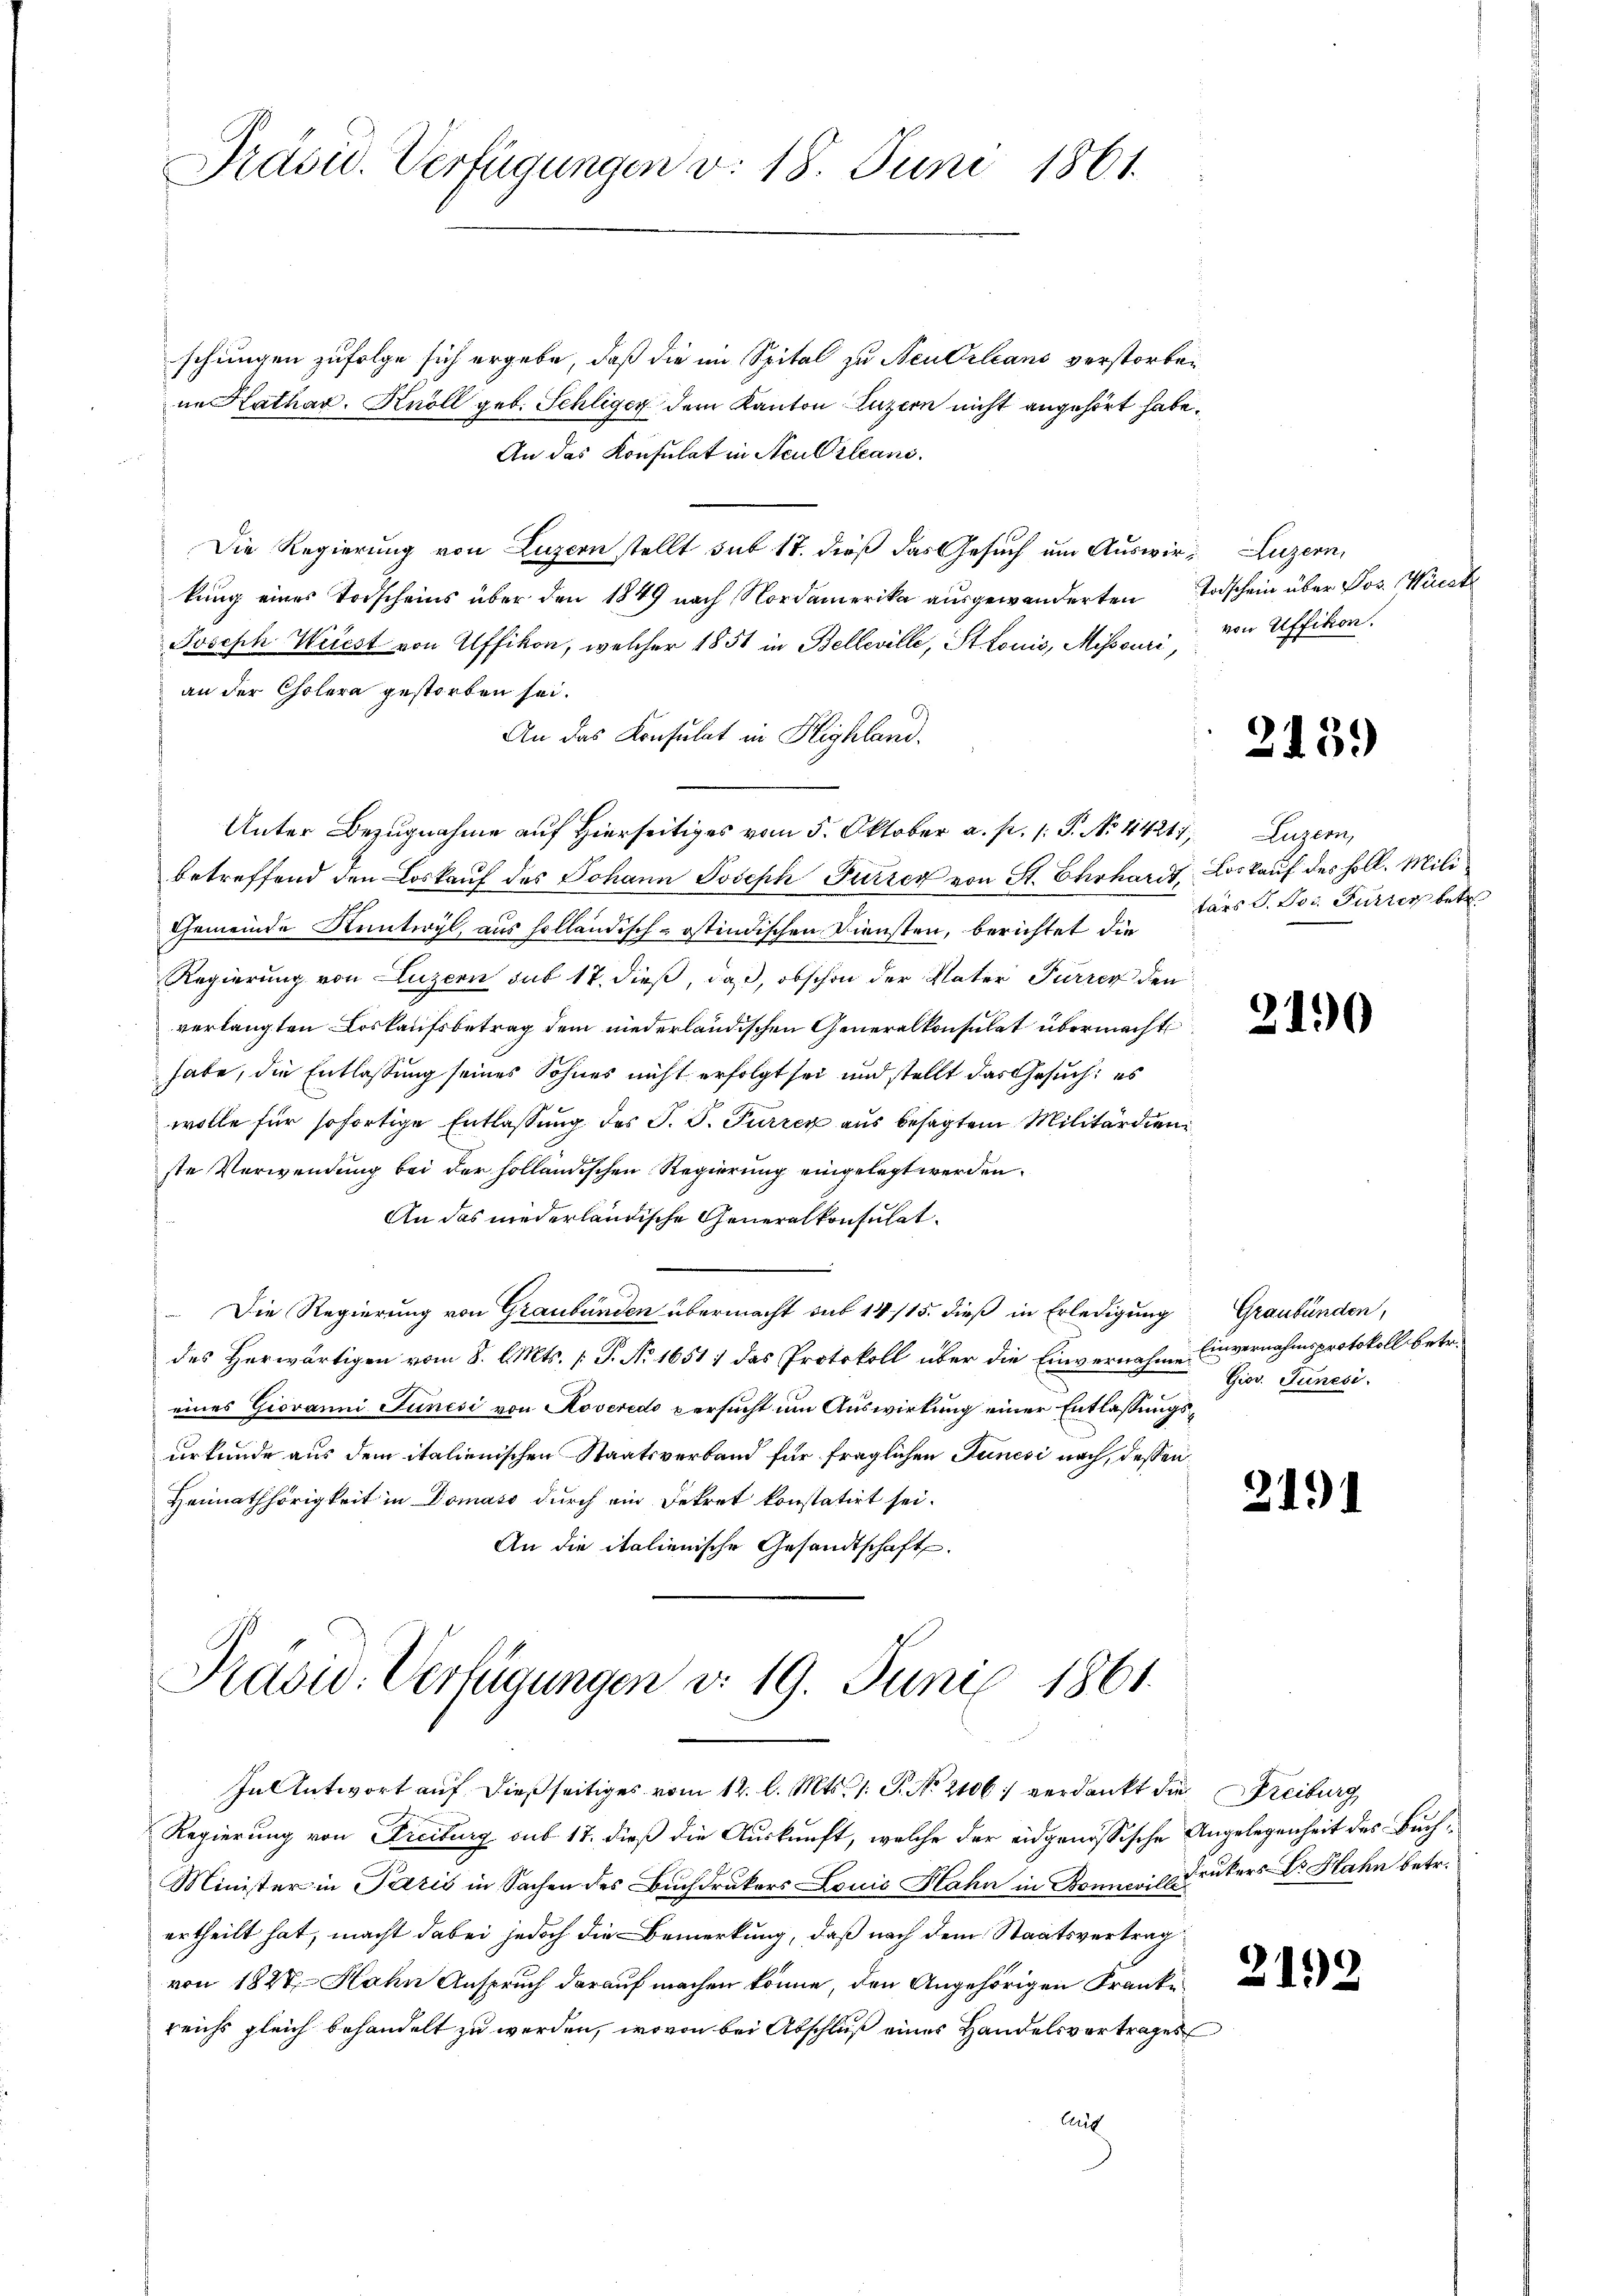
schungen zufolge sich ergebe, daß die im Spital zu Neubilians verstorben
in Kathar. Knoll geb. Schliger dem Kanton Luzern nicht angehört habe.
An das Konsulat in Neu Orleand.
Die Regierung von Luzern stellt sub 18. dieß das Gesuch um Auswir- Luzern,
kung eines Todscheins über den 1849 nach Nordamerika ausgewanderten Todschein über Jos. Wieck
Joseph Weiest von Uffikon, welcher 1851 in Belleville, St. Louis, Mihsouri von Uffikon.
an der Cholera gestorben sei.
An das Konsulat in Highland.
Unter Bezugnahme auf Hierseitiges vom 5. Oktober a. p. /: P. No 14217,
betreffend den Loskauf des Johann Joseph Furrer von St. Ehrhardt, Loskauf des soll. Mili
Gemeinde Kuntwyl, aus holländisch-östindischen Diensten, berichtet die
Regierung von Luzern sub 17 dieß, daß, obschon der Vater Furrer den
verlangten Loskaufsbetrag dem niederländischen Generalkonsulat übermacht
habe, die Entlassung seines Sohnes nicht erfolgt sei und stellt das Gesuch: es
wolle für sofortige Entlassung des J. J. Furren aus besagtem Militärdienste Verwendung bei der holländischen Regierung eingelegt werden.
An das niederländische Generalkonsulat
 Die Regierung von Graubünden übermacht sub 14/15. dieß in Erledigung Graubünden,
des Herwärtigen vom 8. l. Mts. (T. No 1651/ das Protokoll über die Einvernahme Einvernahmsprotokoll betr.
eines Giovanni Junisi von Roveredo versucht um Auswirkung einer Entlassungsurkunde aus dem italienischen Staatsverband für fraglichen Junisi nach, dessen
Heimathörigkeit in Domaso durch ein Dekret konstatirt sei.
An die italienische Gesandtschaft.

Präsid. Verfügungen v. 18. Juni 1861.

Prasw. Verfügungen d. 19. Juni 1861.
In Antwort auf dießseitiges vom 12. l. Mts. 1. P. No 2106 verdankt die Freiburg

Regierung von Freiburg sub 17. dieß die Auskunft, welche der eidgenössische Angelegenheit des Buch¬
Minister in Paris in Sachen des Buchdrukers Louis Hahn in Bonneris Drukers Dr. Hahn betr.
ertheilt hat, macht dabei jedoch die Bemerkung, daß nach dem Staatsvertrag
von 1827 Hahn Anspruch darauf machen könne, den Angehörigen Franke
reichs gleich behandelt zu werden, wovon bei Abschluß eines Handelsvertrages
Caut

245.

Luzern,
tars S. Doc. Furren betr.

Gios. Junesi

211

212